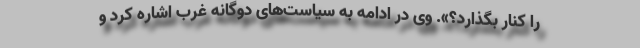
را کنار بگذارد؟». وی در ادامه به سیاست‌های دوگانه غرب اشاره کرد و